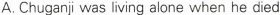
A. Chuganji was living alone when he died